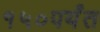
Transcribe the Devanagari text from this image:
१५०पर्यंत